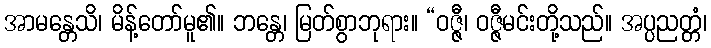
အာမန္တေသိ၊ မိန့်တော်မူ၏။ ဘန္တေ၊ မြတ်စွာဘုရား။ “ဝဇ္ဇီ၊ ဝဇ္ဇီမင်းတို့သည်။ အပ္ပညတ္တံ၊